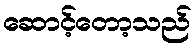
ဆောင့်တော့သည်